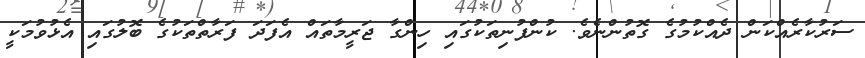
ސަރުކާރެއްކަން ދެއްކުމުގެ ގޮތުންނެވެ. ކުންފުނިތަކުގައި ހިންގާ ޖަރީމާތައް އެފަދަ ފަރާތްތަކުގެ ބޮލުގައި އެޅުވުމަކީ